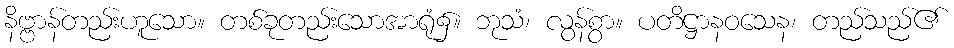
နိဗ္ဗာန်တည်းဟူသော။ တစ်ခုတည်းသောအာရုံ၌။ ဘုသံ၊ လွန်စွာ။ ပတိဋ္ဌာနဝသေန၊ တည်သည်၏